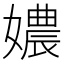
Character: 𡢿